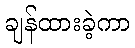
ချန်ထားခဲ့ကာ